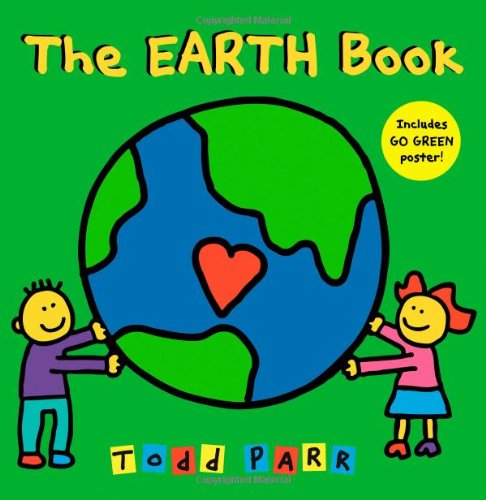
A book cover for The EARTH Book; Todd Parr; Business & Money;